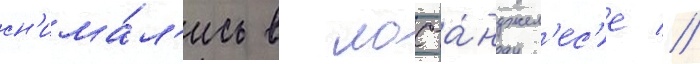
сн'има́л'ись в лос-а́нджел'ес'е //